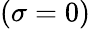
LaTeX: (\sigma=0)